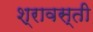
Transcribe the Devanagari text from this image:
श्रावस्‍ती